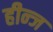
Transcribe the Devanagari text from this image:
हीन्ज